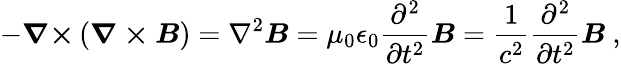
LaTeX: -{\boldsymbol{\nabla\times}}\left({\boldsymbol{\nabla\times B}}\right)=\nabla^{2}{\boldsymbol{B}}=\mu_{0}\epsilon_{0}{\frac{\partial^{2}}{\partial t^{2}}}{\boldsymbol{B}}={\frac{1}{c^{2}}}{\frac{\partial^{2}}{\partial t^{2}}}{\boldsymbol{B}}\ ,